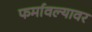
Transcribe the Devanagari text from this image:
फर्मावल्यावर